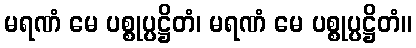
မရဏံ မေ ပစ္စုပ္ပဋ္ဌိတံ၊ မရဏံ မေ ပစ္စုပ္ပဋ္ဌိတံ။